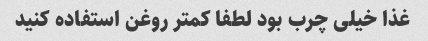
غذا خیلی چرب بود لطفا کمتر روغن استفاده کنید